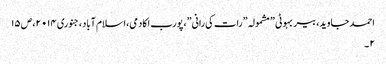
احمد جاوید، بیر بہوٹی ” مشمولہ ”رات کی رانی”،پورب اکادمی،اسلام آباد،جنوری ۰۱۴ ۲،ص ۱۵
۲ ۔